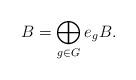
LaTeX: \begin{align*}B = \bigoplus_{g\in G}e_gB.\end{align*}